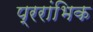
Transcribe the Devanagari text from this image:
प्ररांभिक